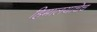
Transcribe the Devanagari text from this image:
हिमालयाचेच